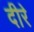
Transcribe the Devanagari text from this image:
दीरे